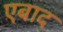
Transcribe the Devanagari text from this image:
एबाद